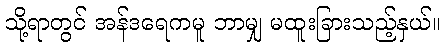
သို့ရာတွင် အန်ဒရေကမူ ဘာမျှ မထူးခြားသည့်နှယ်။